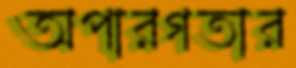
অপারগতার